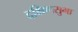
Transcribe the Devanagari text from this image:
दक्षिणसुभा